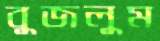
বুজলুম